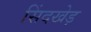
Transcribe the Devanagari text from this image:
सिंदखेड़